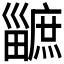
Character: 𤳯